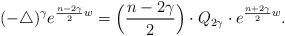
LaTeX: \begin{align*}(-\triangle)^{\gamma}e^{\frac{n-2\gamma}{2}w}=\Big(\frac{n-2\gamma}{2}\Big)\cdot Q_{2\gamma}\cdot e^{\frac{n+2\gamma}{2}w}.\end{align*}